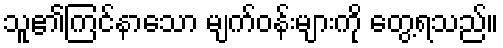
သူ၏ကြင်နာသော မျက်ဝန်းများကို တွေ့ရသည်။